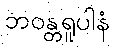
ဘဝန္တရူပါနံ